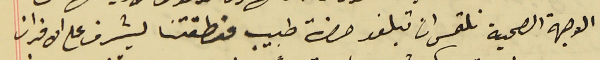
الوجهة الصحية نلتمس ان تبلغو حضرة طبيب منطقتنا ليشرف على الافران